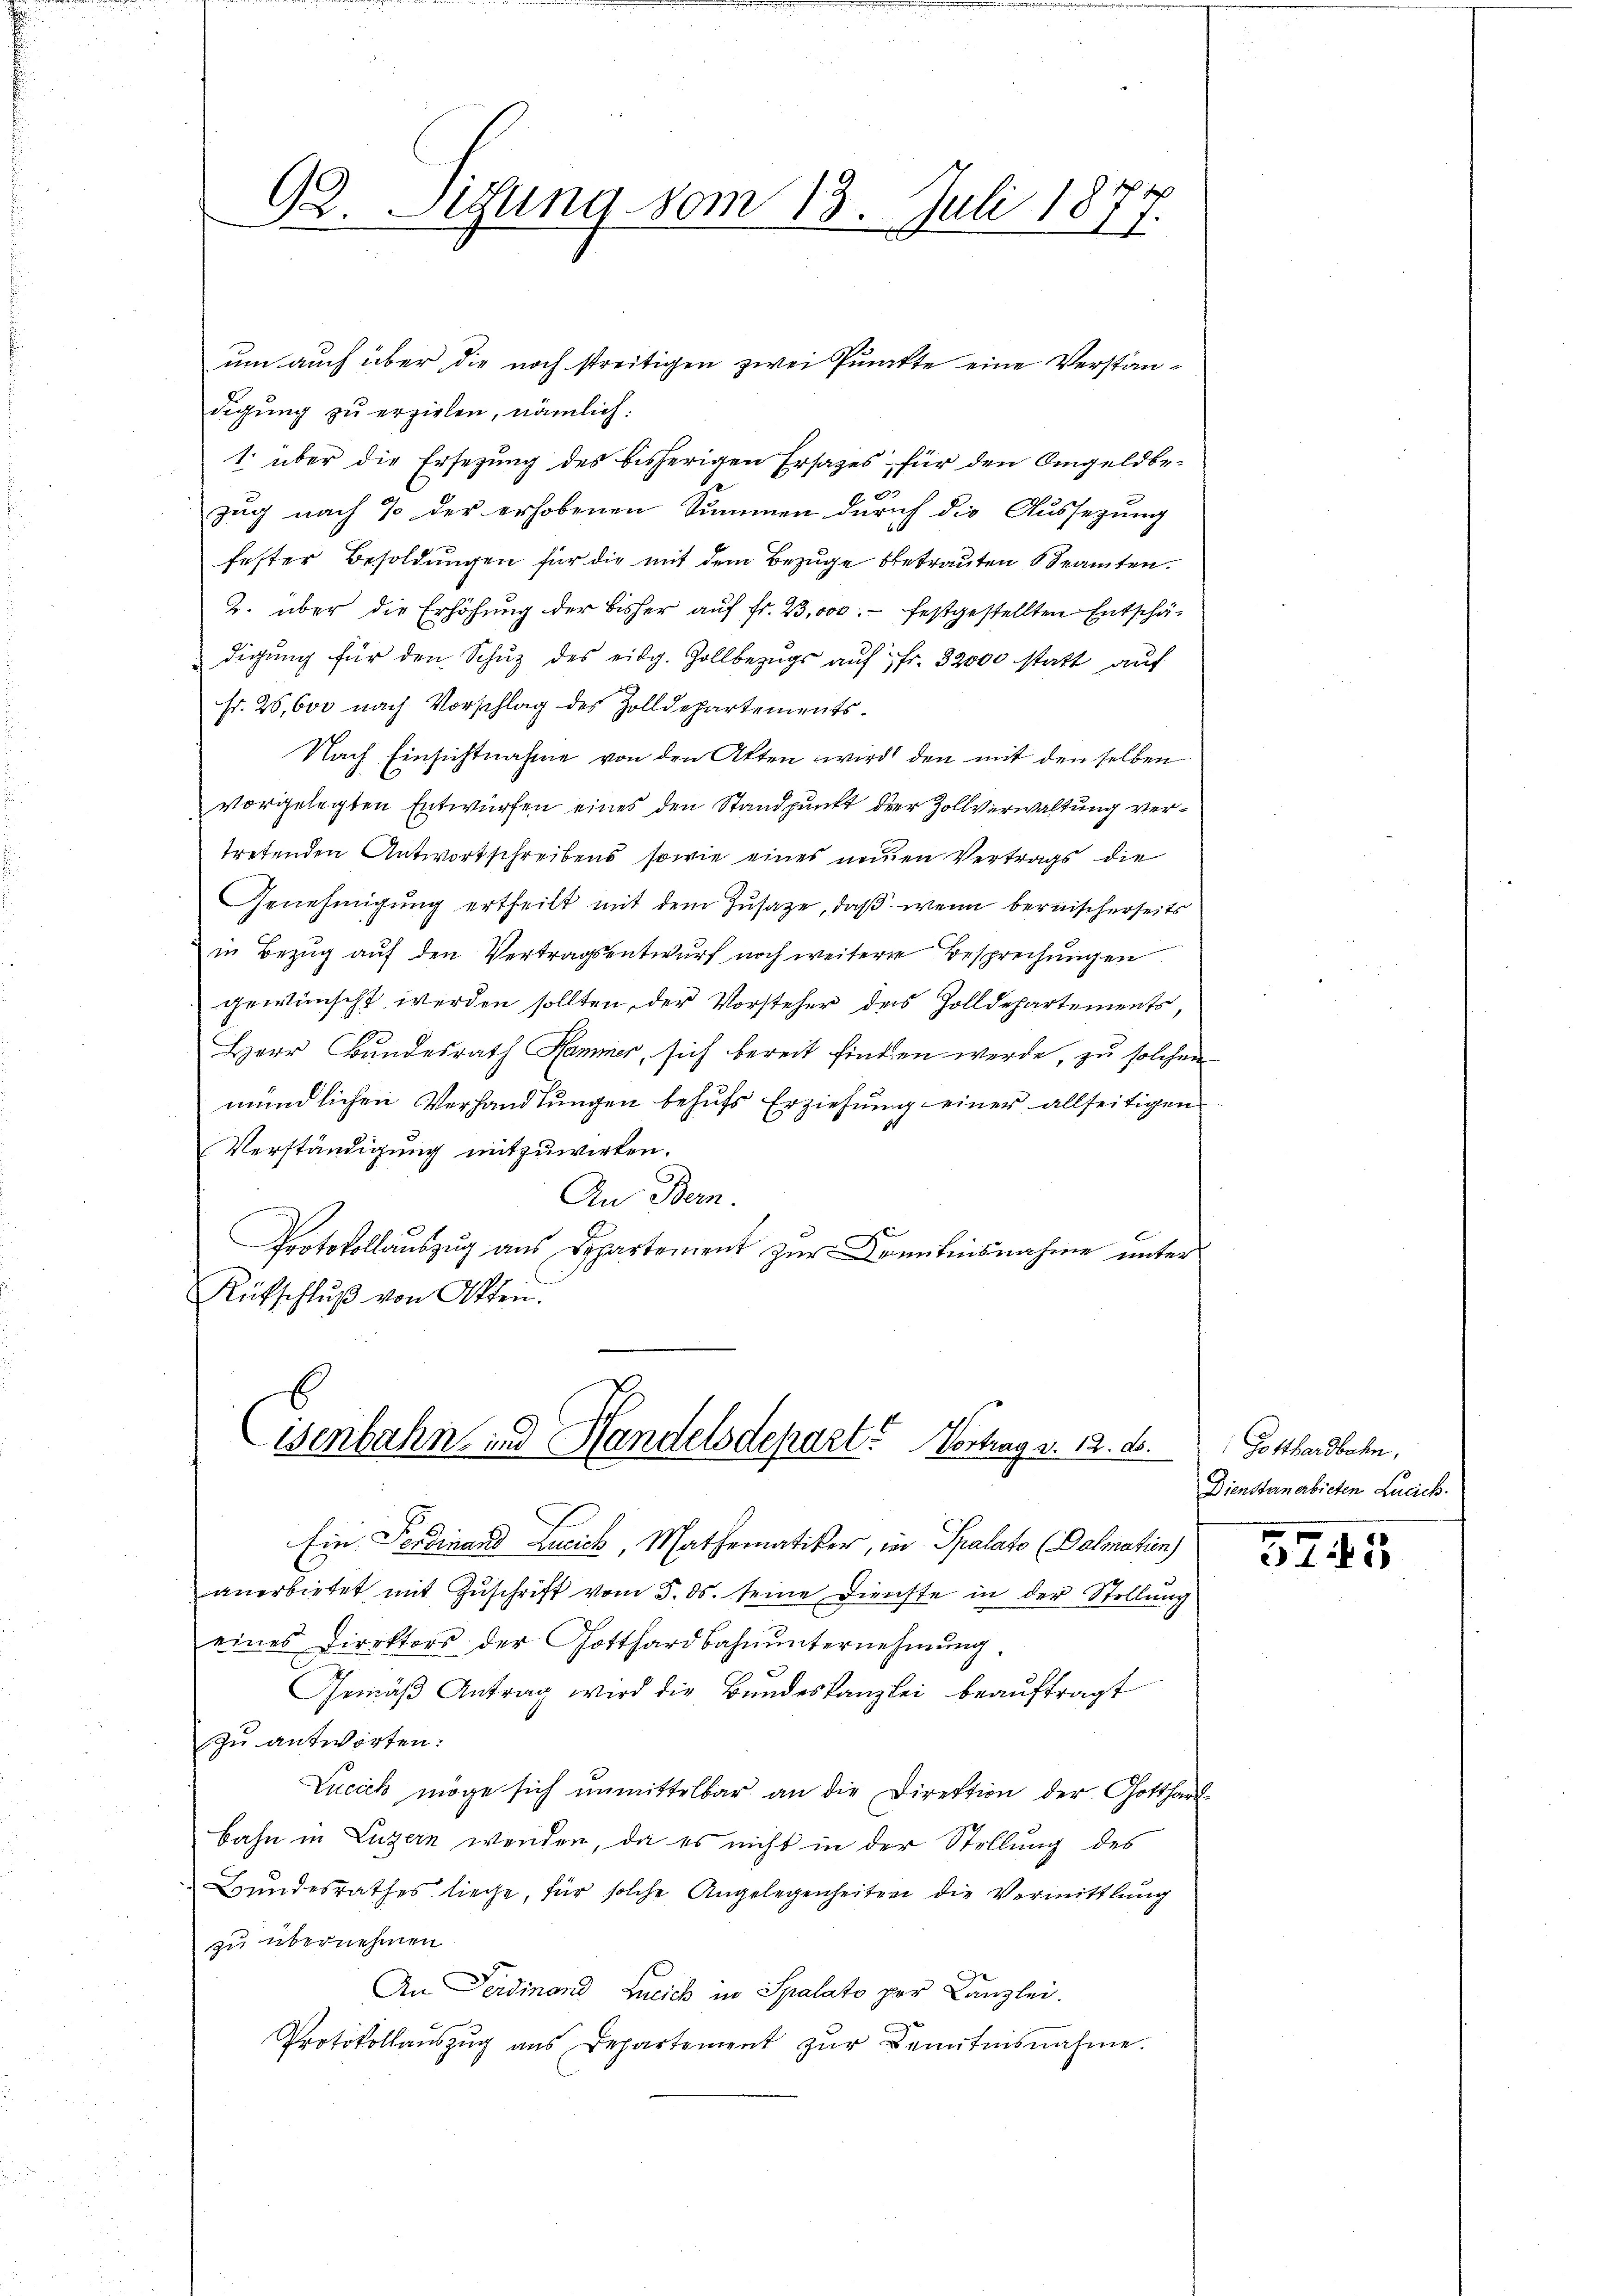
21
92. Legung vom 13. Juli 1877.

um auch über die noch streitigen zwei Punkte eine Verständigung zu erzielen, nämlich.
1. über die Ersezung des bisherigen Ersatzes, für den Angeldbet
zug nach 7 der erhobenen Summen durch die Aussetzung
fester Besoldungen für die mit dem Bezuge betrauten Beamten.
2. über die Erhöhŭng der bisher aŭf fr. 23,000. festgestellten Entschädigŭng für den Schŭz des eidg. Zollbezŭgs aŭf fr. 32000 statt auf
Fr. 28,600 nach Vorschlag des Zolldepartements.
Nach Einsichtnahme von den Akten wird den mit den selben
vorgelegten Entwürfen eines den Standpunkt der Zollverwaltung vertretenden Antwortschreibens, sowie eines neuen Vertrags die
Genehmigung ertheilt mit dem Zusage, daß wenn bernischerseits
in Bezug auf den Vertragsentwurf noch weitere Besprechungen
gewünscht werden sollten, der Vorsteher des Zolldepartements,
Herr Bundesrath Hammer, sich bereit finden werde, zu solchen
mündlichen Verhandlungen behufs Erziehung einer allseitigen
Verständigung mitzuwirken.
An Bern.
Protokollauszug aus Departement zur Kenntnisnahme unter
Aŭfschlŭβ von Akten.

isenbahn und Handelsdepart? Vortrag v. 12. ds.

Ein Ferdinand Leich Mathematiker, wo Spalato (Dalmatien)
anerbietet mit Zuschrift vom 3. ds. seine Dienste in der Stellung
eines Direktors der Gotthardbahnunternehmung.
Gemäß Antrag wird die Bundeskanzlei beauftragt
zu antworten:
Lucich möge sich unmittelbar an die Direktion der Gotthard-
bahn in Luzern werden, da es nicht in der Stellung des
Bundesrathes liege, für solche Angelegenheiten die Vermittlung
zu übernehmen.
An Ferdinand Leich in Spalato per Canzlei.
Protokollaŭszŭg ans Departement zŭr Benŭtesnahme.

Gotthardbahn,
Dienstanerbieten Lucich.

325